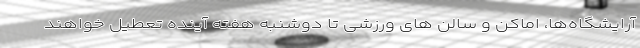
آرایشگاه‌ها، اماکن و سالن های ورزشی تا دوشنبه هفته آینده تعطیل خواهند